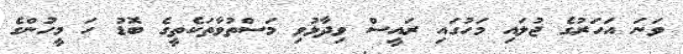
ވަނަ އަހަރުގެ ޖުލައި މަހުގައި ރައީސް ވިދާޅުވި މަސްތުވާތަކެތީގެ ބޮޑު ހަ މީހުންގެ